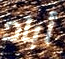
أباد